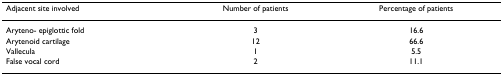
| Adjacent site involved | Number of patients | Percentage of patients |
 | --- | --- | --- |
 | Aryteno- epiglottic fold | 3 | 16.6 |
 | Arytenoid cartilage | 12 | 66.6 |
 | Vallecula | 1 | 5.5 |
 | False vocal cord | 2 | 11.1 |